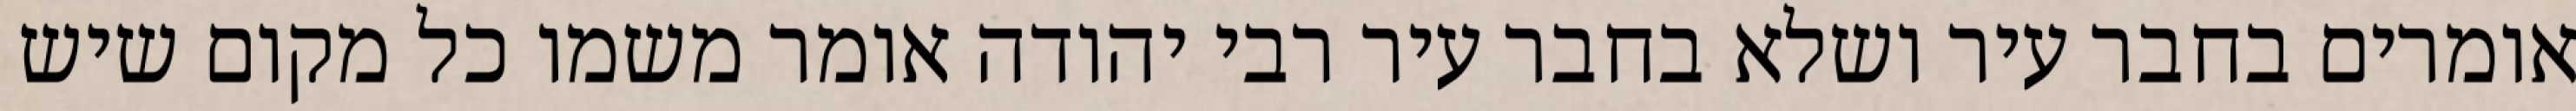
אומרים בחבר עיר ושלא בחבר עיר רבי יהודה אומר משמו כל מקום שיש